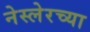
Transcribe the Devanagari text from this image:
नेस्लेरच्या